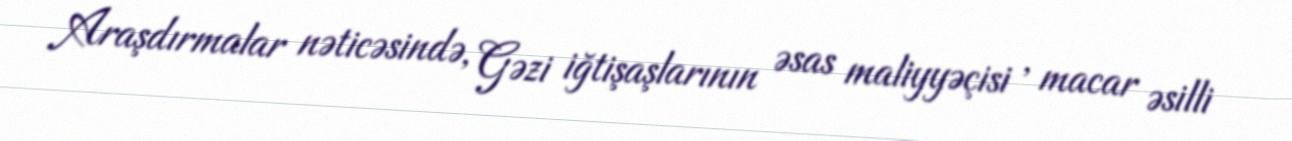
Araşdırmalar nəticəsində, Gəzi iğtişaşlarının əsas maliyyəçisi , macar əsilli